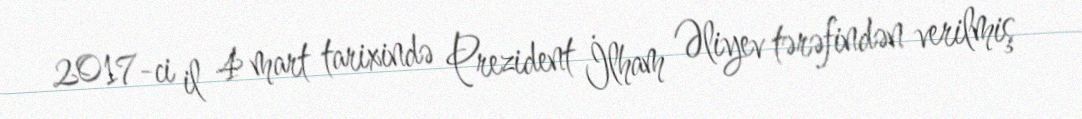
2017-ci il 4 mart tarixində Prezident İlham Əliyev tərəfindən verilmiş